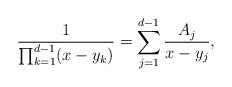
LaTeX: \begin{align*}\frac{1}{\prod_{k=1}^{d-1} (x-y_k)} = \sum_{j=1}^{d-1} \frac{A_j}{x-y_j} ,\end{align*}